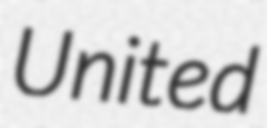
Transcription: United